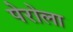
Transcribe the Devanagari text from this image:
पेरोला